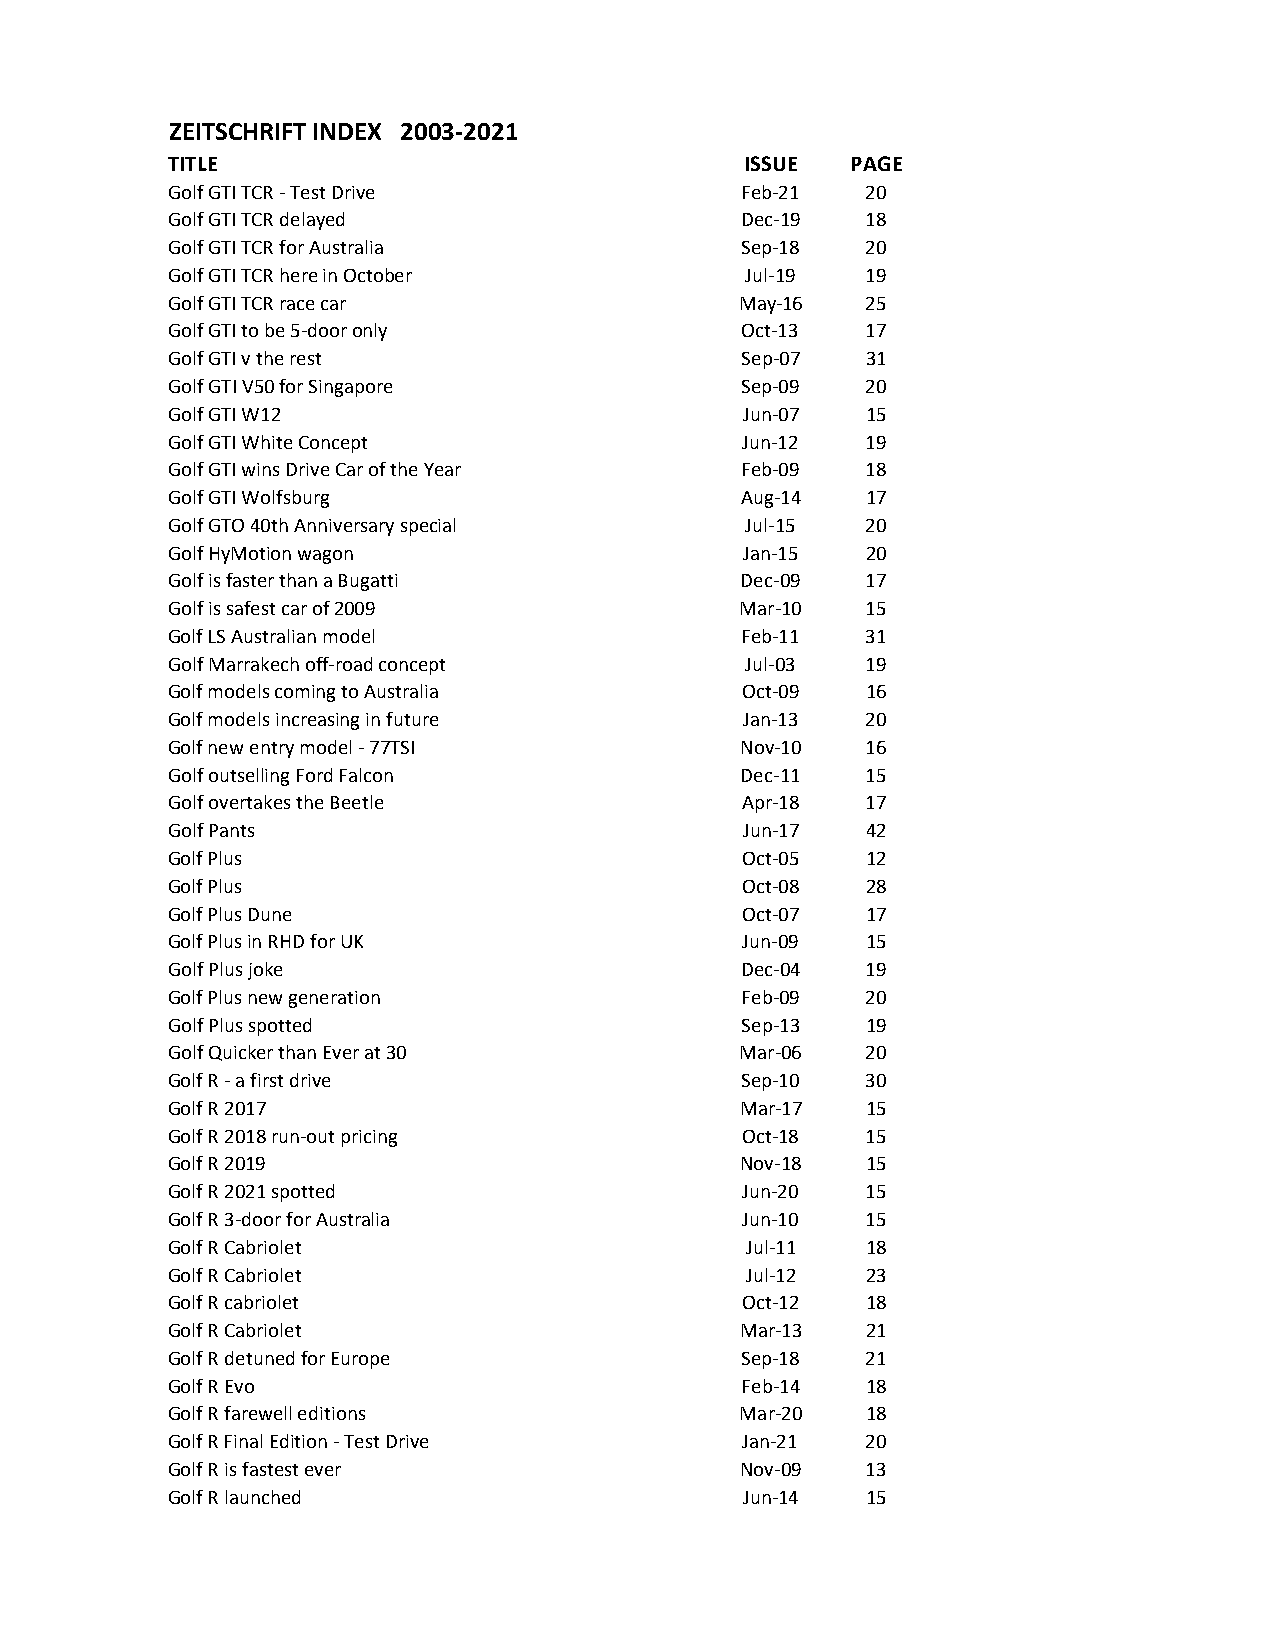
ZEITSCHRIFT INDEX 2003-2021
 TITLE                                 ISSUE  PAGE
 Golf GTI TCR - Test Drive             Feb-21  20
 Golf GTI TCR delayed                  Dec-19  18
 Golf GTI TCR for Australia            Sep-18  20
 Golf GTI TCR here in October          Jul-19  19
 Golf GTI TCR race car                 May-16  25
 Golf GTI to be 5-door only            Oct-13  17
 Golf GTI v the rest                   Sep-07  31
 Golf GTI V50 for Singapore            Sep-09  20
 Golf GTI W12                          Jun-07  15
 Golf GTI White Concept                Jun-12  19
 Golf GTI wins Drive Car of the Year   Feb-09  18
 Golf GTI Wolfsburg                    Aug-14  17
 Golf GTO 40th Anniversary special     Jul-15  20
 Golf HyMotion wagon                   Jan-15  20
 Golf is faster than a Bugatti         Dec-09  17
 Golf is safest car of 2009            Mar-10  15
 Golf LS Australian model              Feb-11  31
 Golf Marrakech off-road concept       Jul-03  19
 Golf models coming to Australia       Oct-09  16
 Golf models increasing in future      Jan-13  20
 Golf new entry model - 77TSI          Nov-10  16
 Golf outselling Ford Falcon           Dec-11  15
 Golf overtakes the Beetle             Apr-18  17
 Golf Pants                            Jun-17  42
 Golf Plus                             Oct-05  12
 Golf Plus                             Oct-08  28
 Golf Plus Dune                        Oct-07  17
 Golf Plus in RHD for UK               Jun-09  15
 Golf Plus joke                        Dec-04  19
 Golf Plus new generation              Feb-09  20
 Golf Plus spotted                     Sep-13  19
 Golf Quicker than Ever at 30          Mar-06  20
 Golf R - a first drive                Sep-10  30
 Golf R 2017                           Mar-17  15
 Golf R 2018 run-out pricing           Oct-18  15
 Golf R 2019                           Nov-18  15
 Golf R 2021 spotted                   Jun-20  15
 Golf R 3-door for Australia           Jun-10  15
 Golf R Cabriolet                      Jul-11  18
 Golf R Cabriolet                      Jul-12  23
 Golf R cabriolet                      Oct-12  18
 Golf R Cabriolet                      Mar-13  21
 Golf R detuned for Europe             Sep-18  21
 Golf R Evo                            Feb-14  18
 Golf R farewell editions              Mar-20  18
 Golf R Final Edition - Test Drive     Jan-21  20
 Golf R is fastest ever                Nov-09  13
 Golf R launched                       Jun-14  15